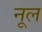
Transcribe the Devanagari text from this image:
नूल